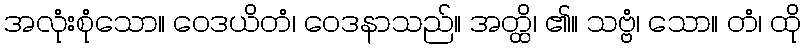
အလုံးစုံသော။ ဝေဒယိတံ၊ ဝေဒနာသည်။ အတ္ထိ၊ ၏။ သဗ္ဗံ၊ သော။ တံ၊ ထို